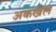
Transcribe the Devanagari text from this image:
अकखैल